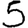
Digit: 5